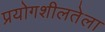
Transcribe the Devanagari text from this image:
प्रयोगशीलतेला